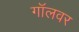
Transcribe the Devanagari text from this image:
गॉलवर